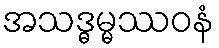
အသဒ္ဓမ္မဿဝနံ